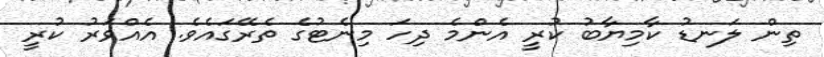
ތިން ލަނޑު ކާމިޔާބު ކުރީ އެންމެ ދިހަ މިނެޓުގެ ތެރޭގައެވެ. އެއްވަރު ކުރީ